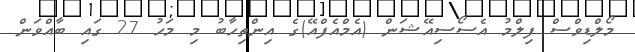
މޯލްޑިވްސް ފިލްމު އެސޯސިއޭޝަން (އެމްއެފްއޭ)ގެ އިންތިހާބު މި މަހު 27 ގައި ބާއްވަން